Lunatic asylums Central Provinces reports 1895-1909 - 1895-1909
Year: 1895
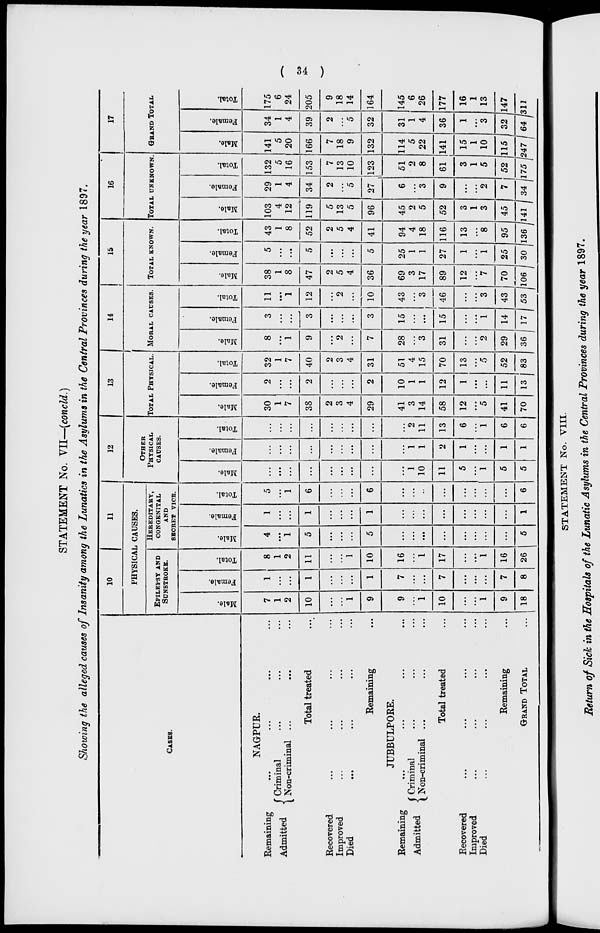
( 34 )
STATEMENT No. VII—(concld.)
Showing the alleged causes of Insanity among the Lunatics in the Asylums in the Central Provinces during the year 1897.
CASES.
NAGPUR.
Remaining ... ... ... ...
Admitted
Criminal ... ... ...
Non-criminal ... ... ...
Total treated ...
Recovered ... ... ... ...
Improved ... ... ... ...
Died ... ... ... ...
Remaining ...
JUBBULPORE.
Remaining
...
...
...
...
Admitted
Criminal ... ... ...
Non-criminal ... ... ...
Total treated ...
Recovered ... ... ... ...
Improved ... ... ... ...
Died ... ... ... ...
Remaining ...
GRAND TOTAL ...
10
11
PHYSICAL CAUSES.
EPILEPSY AND
SUNSTROKE.
Male.
7
1
2
10
...
...
1
9
9
...
1
10
...
...
1
9
18
Female.
1
...
...
1
...
...
...
1
7
...
...
7
...
...
...
7
8
Total.
8
1
2
11
...
...
1
10
16
...
1
17
...
...
1
16
26
HEREDITARY,
CONGENITAL
AND
SECRET VICE.
Male.
4
...
1
5
...
...
...
5
...
...
...
...
...
...
...
...
5
Female.
1
...
...
1
...
...
...
1
...
...
...
...
...
...
...
...
1
Total.
5
...
1
6
...
...
...
6
...
...
...
...
...
...
...
...
6
12
OTHER
PHYSICAL
CAUSES.
Male.
...
...
...
...
...
...
...
...
...
1
10
11
5
...
1
5
5
Female.
...
...
...
...
...
...
...
...
...
1
1
2
1
...
...
1
1
Total.
...
...
...
...
...
...
...
...
...
2
11
13
6
...
1
6
6
13
TOTAL PHYSICAL.
Male.
30
1
7
38
2
3
4
29
41
3
14
58
12
...
5
41
70
Female.
2
...
...
2
...
...
...
2
10
1
1
12
1
...
...
11
13
Total.
32
1
7
40
2
3
4
31
51
4
15
70
13
...
5
52
83
14
MORAL CAUSES.
Male.
8
...
1
9
...
2
...
7
28
...
3
31
...
...
2
29
36
Female.
3
...
...
3
...
...
...
3
15
...
...
15
...
...
1
14
17
Total.
11
...
1
12
...
2
...
10
43
...
3
46
...
...
3
43
53
15
TOTAL KNOWN.
Male.
38
1
8
47
2
5
4
36
69
3
17
89
12
...
7
70
106
Female.
5
...
...
5
...
...
...
5
25
1
1
27
1
...
1
25
30
Total.
43
1
8
52
2
5
4
41
94
4
18
116
13
...
8
95
136
16
TOTAL UNKNOWN.
Male.
103
4
12
119
5
13
5
96
45
2
5
52
3
1
3
45
141
Female.
29
1
4
34
2
...
5
27
6
...
3
9
...
...
2
7
34
Total.
132
5
16
153
7
13
10
123
51
2
8
61
3
1
5
52
175
17
GRAND TOTAL
Male.
141
5
20
166
7
18
9
132
114
5
22
141
15
1
10
115
247
Female.
34
1
4
39
2
...
5
32
31
1
4
36
1
...
3
32
64
Total.
175
6
24
205
9
18
14
164
145
6
26
177
16
1
13
147
311